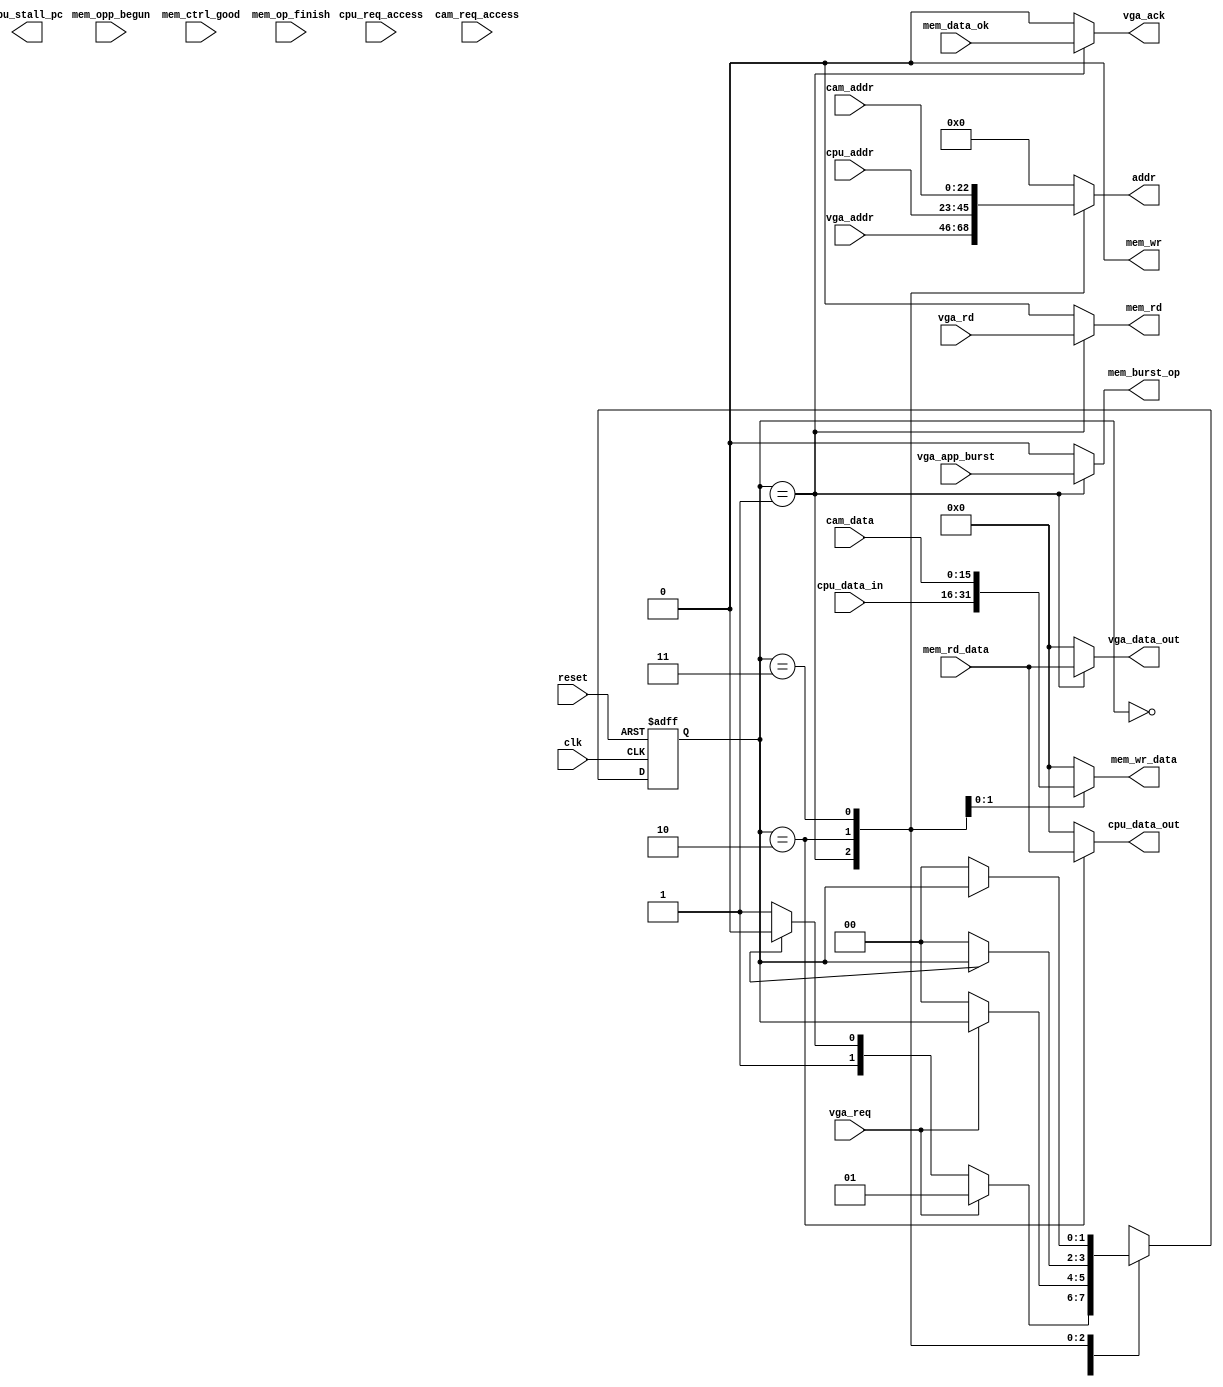
module arbiter(
	input				clk,
	input				reset,
	input	 [15:0]	mem_rd_data,	//data to read from memory
		//output -> Mem
	output 	 [22:0]		addr,
	output 	 [15:0]		mem_wr_data,  	//data to write to memory
		//input priority 1 <- VGA..
	input				vga_req,
	input	 [22:0]	vga_addr,
	input				vga_app_burst,
	input				vga_rd,
		//output -> VGA
	output 	 [15:0]	vga_data_out,
	output				vga_ack,
	//output				vga_data_ok,  
	//output				vga_op_begun,
	//output				vga_ctrl_good,
		//input priority 2 <- CPU
	input	 [15:0]	cpu_data_in,
	input	 [22:0]	cpu_addr,
	input			cpu_req_access,
		//output -> CPU
	output			cpu_stall_pc,
	output [15:0]	cpu_data_out,
		//input priority 3 <- Camera
	input				cam_req_access,
	input  [15:0]	cam_data,
	input  [22:0]	cam_addr,
		//PSRAM control lines
	input				mem_data_ok,
	input				mem_opp_begun,
	input				mem_ctrl_good,
	input				mem_op_finish,
	output			mem_rd,
	output			mem_wr,
	output			mem_burst_op
    );
	//states
	parameter 	idle = 0, 
					vga  = 1, 
					cpu  = 2, 
					cam  = 3;
	reg	[1:0] cur_state = idle;
	reg	[1:0] next_state;
	reg 	cpu_rd;
	
	//is the cpu reading or writing?
	assign cpu_rd = cpu_data_in ? 1'b1 : 1'b0;
	
	//assign appropriate addr and mem_rd_data
	always@(cur_state) begin
		addr 			 	<= 0;
		vga_data_out 	<= 0;
		cpu_data_out 	<= 0;
		mem_wr_data	 	<= 0;
		mem_burst_op 	<= 0;
		mem_rd		 	<= 0;
		mem_wr		 	<= 0;
		vga_data_ok  	<= 0;
		vga_op_begun	<= 0;
		vga_ctrl_good	<= 0;
		vga_ack			<= 0;
		case(cur_state)
			idle:
				vga_ctrl_good 	<= app_ctrl_good;   //init case in pipeline needed? assign statement?
			vga: begin
				addr 				<= vga_addr;
				vga_data_out 	<= mem_rd_data;
				mem_burst_op	<= vga_app_burst;
				mem_rd 			<= vga_rd;
				vga_ack			<= mem_data_ok;
				vga_op_begun	<= mem_op_bugun;
				end
			cpu: begin   //cpu: additional control logic needed
				addr 				<= cpu_addr;
				cpu_data_out	<= mem_rd_data;
				mem_wr_data 	<= cpu_data_in;
				app_rd			<= cpu_rd;
				app_wr			<= !cpu_rd;
				end
			cam: begin	//cam: additional control logic needed
				addr 				<= cam_addr;
				mem_wr_data		<= cam_data;
				app_wr			<= 1'b1;
				end
			default: begin
				addr 			 <= 0;
				vga_data_out <= 0;
				cpu_data_out <= 0;
				mem_wr_data	 <= 0;
			end
		endcase
	end
	
	always @ (posedge clk or posedge reset) 
	begin
		if (reset)
			cur_state <= 0;
		else
			cur_state <= next_state;
	end



	always @ (cur_state, vga_req, cpu_req, cam_req) 
	begin
			case(cur_state)		
				idle:	
					begin		//access available
						if(vga_req)
							next_state = vga;
						else if(cpu_req)
							next_state = cpu;
						else
							next_state = cam;
					end
				vga:	
					begin		//VGA is using memory
						if(!vga_req)
							next_state = idle;
						else
							next_state = cur_state;
					end
				cpu: 
					begin		//CPU using memory
						if(!cpu_req)
							next_state = idle;
						else
							next_state = cur_state;
					end
				cam: 
					begin		//Camera using memory
						if(!cam_req)
							next_state = 0;
						else
							next_state = cur_state;
					end
			endcase
	end
endmodule